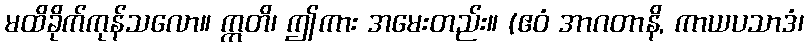
မထိခိုက်ကုန်သလော။ ဣတိ၊ ဤကား အမေးတည်း။ (ဧဝံ အာဂတာနိ, ကာယပသာဒံ၊